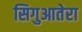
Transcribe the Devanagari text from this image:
सिगुआतेरा